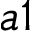
a 1